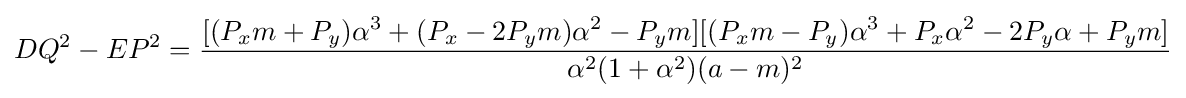
DQ^{2}-EP^{2}={\frac {[(P_{x}m+P_{y})\alpha ^{3}+(P_{x}-2P_{y}m)\alpha ^{2}-P_{y}m][(P_{x}m-P_{y})\alpha ^{3}+P_{x}\alpha ^{2}-2P_{y}\alpha +P_{y}m]}{\alpha ^{2}(1+\alpha ^{2})(a-m)^{2}}}